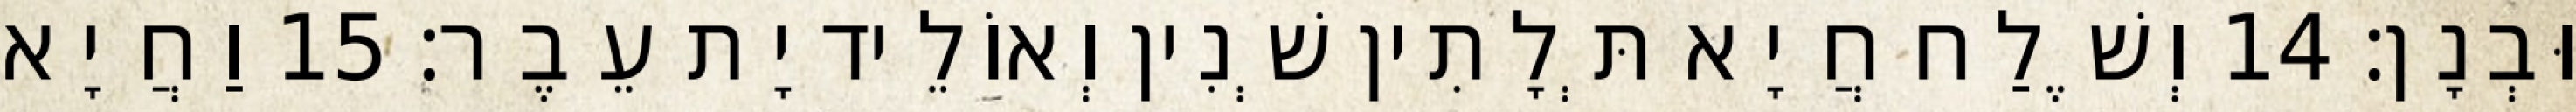
וּבְנָן׃ 14 וְשֶׁלַח חֲיָא תְּלָתִין שְׁנִין וְאוֹלֵיד יָת עֵבֶר׃ 15 וַחֲיָא